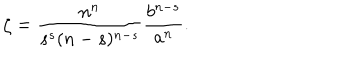
\zeta = \frac { n ^ { n } } { s ^ { s } ( n - s ) ^ { n - s } } \frac { b ^ { n - s } } { a ^ { n } } .